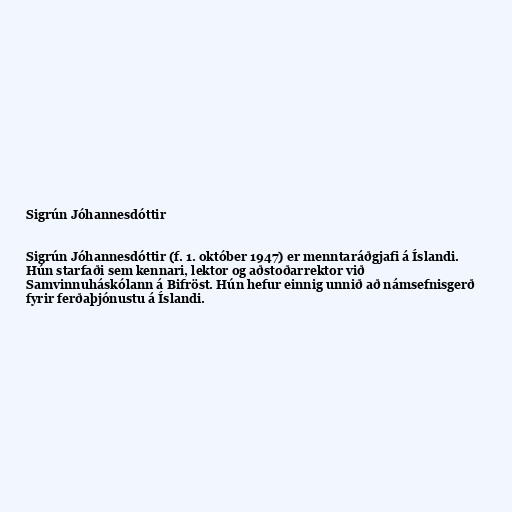
Sigrún Jóhannesdóttir

Sigrún Jóhannesdóttir (f. 1. október 1947) er menntaráðgjafi á Íslandi.
Hún starfaði sem kennari, lektor og aðstoðarrektor við
Samvinnuháskólann á Bifröst. Hún hefur einnig unnið að námsefnisgerð
fyrir ferðaþjónustu á Íslandi.